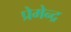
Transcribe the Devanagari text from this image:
प्रेमेन्द्र